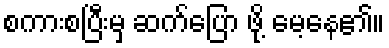
စကားစပြီးမှ ဆက်ပြော ဖို့ မေ့နေ၏။